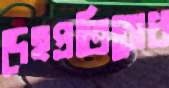
দেহপ্রতিরোধ